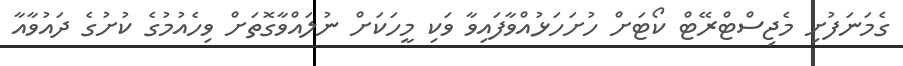
ގެމަނަފުށި މެޖިސްޓްރޭޓް ކޯޓަށް ހުށަހަޅުއްވާފައިވާ ވަކި މީހަކަށް ނުލައްވާގޮތަށް ވިހެއުމުގެ ކުށުގެ ދައުވާއާ